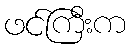
ဖင်ကြီးက